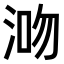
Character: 𣵓